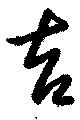
吉